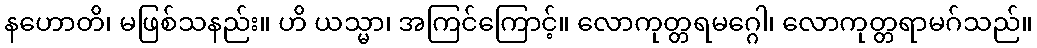
နဟောတိ၊ မဖြစ်သနည်း။ ဟိ ယသ္မာ၊ အကြင်ကြောင့်။ လောကုတ္တရမဂ္ဂေါ၊ လောကုတ္တရာမဂ်သည်။